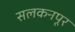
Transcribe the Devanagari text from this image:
सलकनपूर